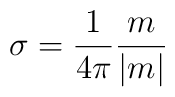
\sigma =\frac 1{4\pi }\frac m{|m|}